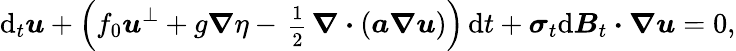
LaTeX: \mathrm{d}_{t}\boldsymbol{u}+\Big(f_{0}\boldsymbol{u}^{\perp}+g\boldsymbol{\nabla}\eta-\mathrm{\scriptsize~\frac{1}{2}~}\boldsymbol{\nabla}\boldsymbol{\cdot}(\boldsymbol{a}\boldsymbol{\nabla}\boldsymbol{u})\Big)\, \mathrm{d}t+\boldsymbol{\sigma}_{t}\mathrm{d}\boldsymbol{B}_{t}\boldsymbol{\cdot}\boldsymbol{\nabla}\boldsymbol{u}=0,